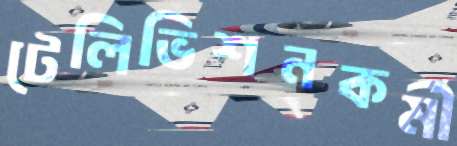
টেলিভিশনকর্মী